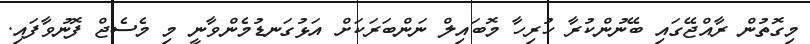
މިގޮތުން ރާއްޖޭގައި ބޭނުންކުރާ ހުރިހާ މޮބައިލް ނަންބަރަކަށް އަޅުގަނޑުމެންވާނީ މި މެސެޖް ފޮނުވާފައި.